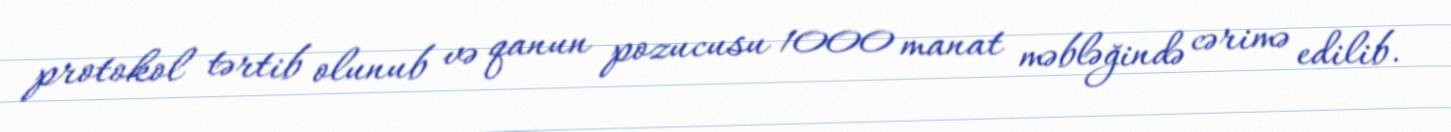
protokol tərtib olunub və qanun pozucusu 1000 manat məbləğində cərimə edilib.